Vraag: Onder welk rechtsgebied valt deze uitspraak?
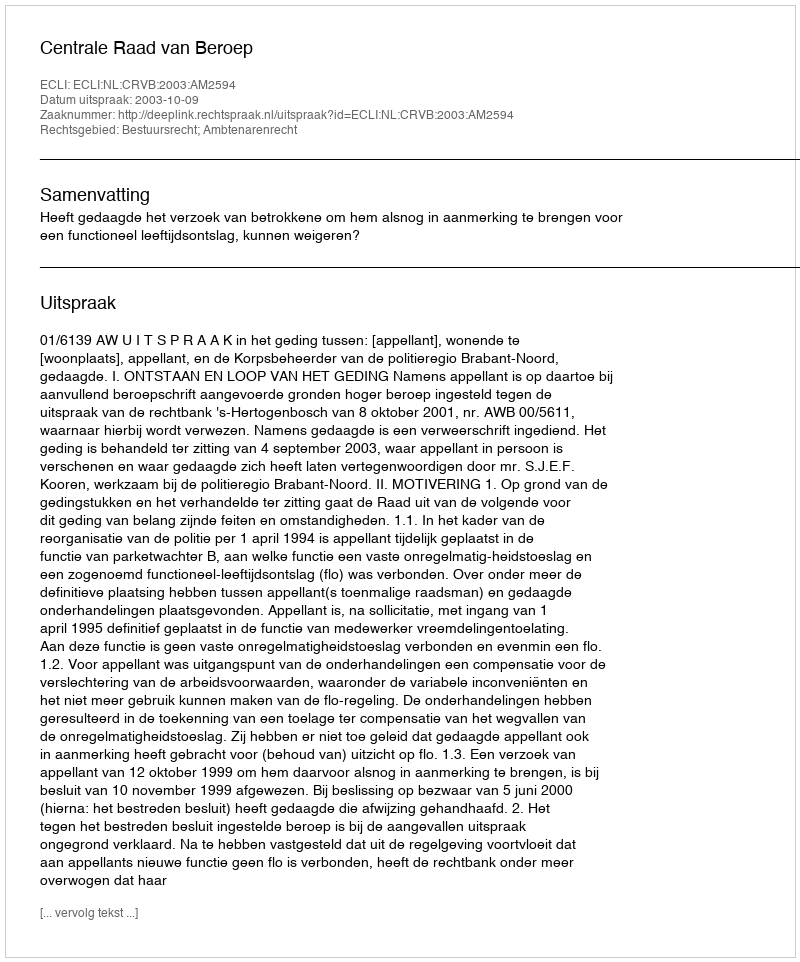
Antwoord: Bestuursrecht; Ambtenarenrecht